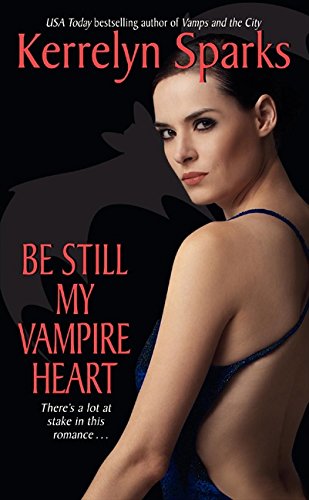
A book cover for Be Still My Vampire Heart (Love at Stake, Book 3); Kerrelyn Sparks; Literature & Fiction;